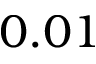
0 . 0 1